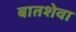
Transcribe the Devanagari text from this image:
बातशेवा